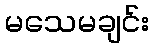
မသေမချင်း